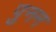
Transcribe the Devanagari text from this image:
पुनन